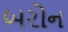
બરોન